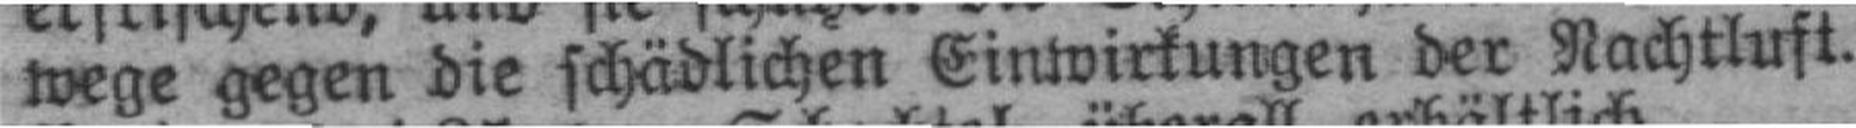
wege gegen die schädlichen Einwirkungen der Nachtluft.